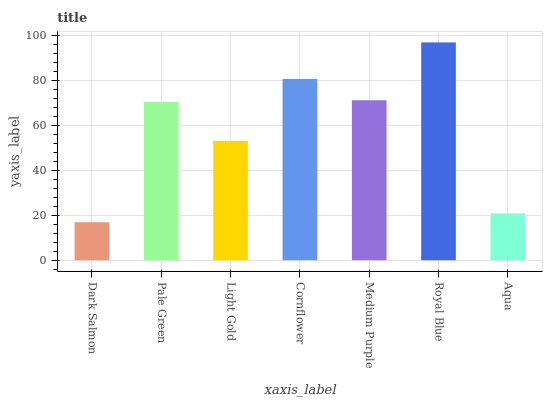
| xaxis_label | bars |
 | --- | --- |
 | Dark Salmon | 16.9 |
 | Pale Green | 70.4 |
 | Light Gold | 53.1 |
 | Cornflower | 80.6 |
 | Medium Purple | 71.1 |
 | Royal Blue | 96.9 |
 | Aqua | 20.8 |